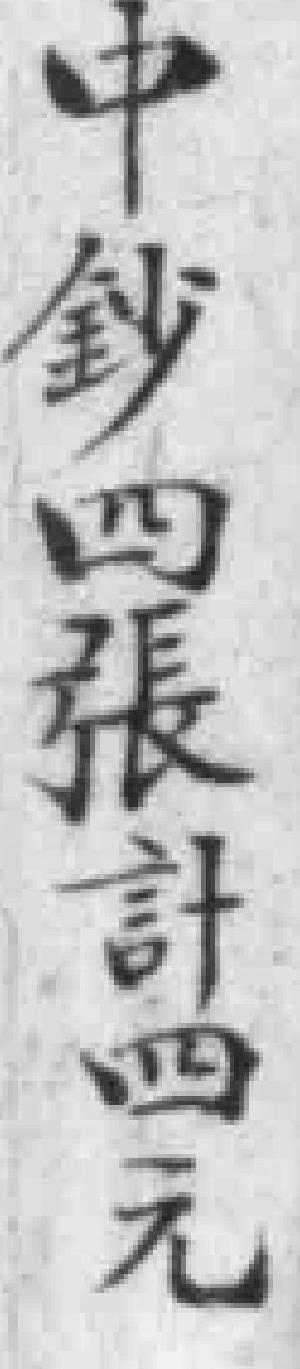
中鈔四張計四元